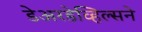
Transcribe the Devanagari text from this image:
डेअरडेव्हिल्सने